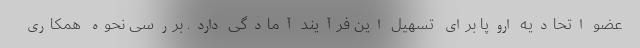
عضو اتحادیه اروپا برای تسهیل این فرآیند آمادگی دارد. بررسی نحوه همکاری